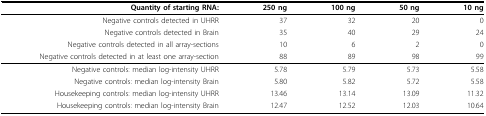
| Quantity of starting RNA: | 250 ng | 100 ng | 50 ng | 10 ng |
 | --- | --- | --- | --- | --- |
 | Negative controls detected in UHRR | 37 | 32 | 20 | 0 |
 | Negative controls detected in Brain | 35 | 40 | 29 | 24 |
 | Negative controls detected in all array-sections | 10 | 6 | 2 | 0 |
 | Negative controls detected in at least one array-section | 88 | 89 | 98 | 99 |
 | Negative controls: median log-intensity UHRR | 5.78 | 5.79 | 5.73 | 5.58 |
 | Negative controls: median log-intensity Brain | 5.80 | 5.82 | 5.72 | 5.58 |
 | Housekeeping controls: median log-intensity UHRR | 13.46 | 13.14 | 13.09 | 11.32 |
 | Housekeeping controls: median log-intensity Brain | 12.47 | 12.52 | 12.03 | 10.64 |